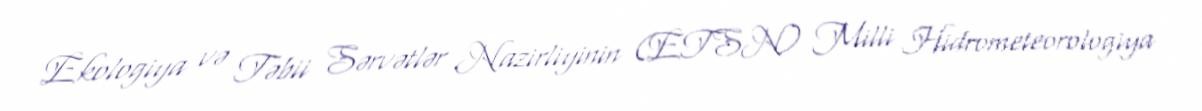
Ekologiya və Təbii Sərvətlər Nazirliyinin (ETSN) Milli Hidrometeorologiya